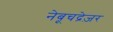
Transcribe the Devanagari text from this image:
नेबूचद्रेज़र